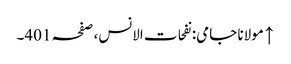
↑ مولانا جامی: نفحات الانس، صفحہ 401۔